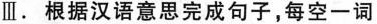
Ⅲ.根据汉语意思完成句子，每空一词